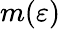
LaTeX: m(\varepsilon)